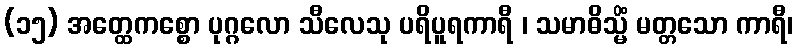
(၁၅) အတ္ထေကစ္စော ပုဂ္ဂလော သီလေသု ပရိပူရကာရီ ၊ သမာဓိသ္မိံ မတ္တသော ကာရီ၊